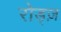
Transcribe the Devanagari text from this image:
रोड्ज़